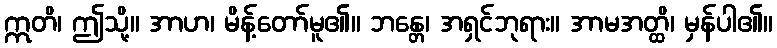
ဣတိ၊ ဤသို့။ အာဟ၊ မိန့်တော်မူ၏။ ဘန္တေ၊ အရှင်ဘုရား။ အာမအတ္ထိ၊ မှန်ပါ၏။